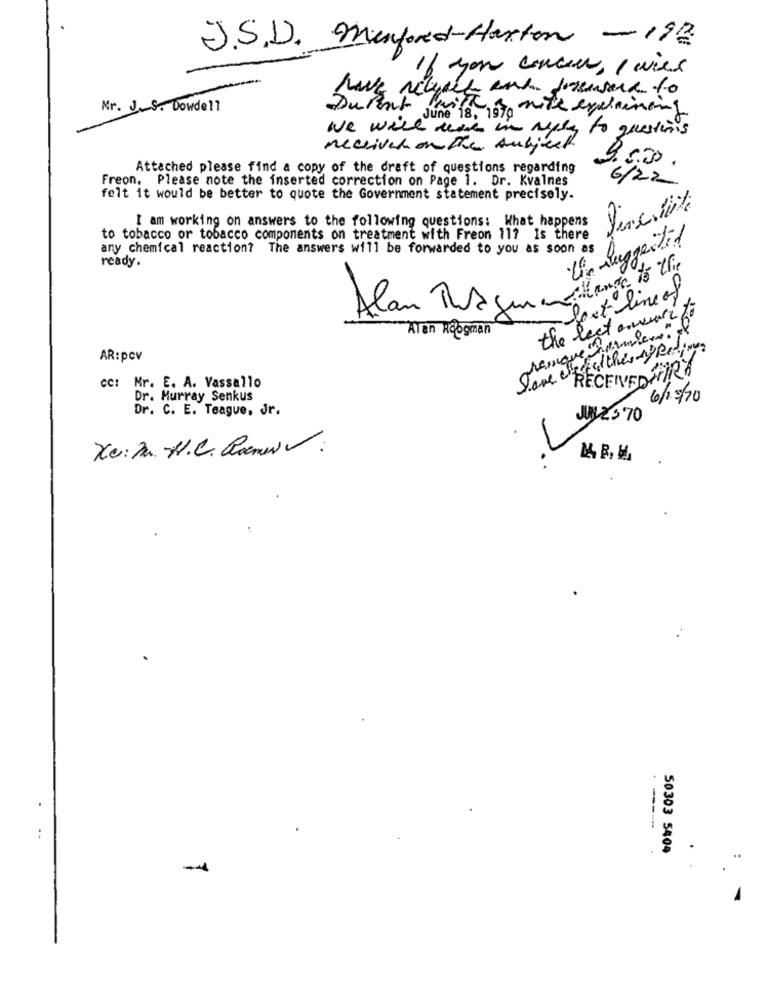
J.S. D. Menford-Haxton -192
If you concer, I will
Mr. J. S. Dowdell
Durant June 18, 1970 nie explaining
we will read in reply to questions
received on The subject
2.000.
Attached please find a copy of the draft of questions regarding
Freon. Please note the inserted correction on Page 1. Dr. Kvalnes
6/22
felt it would be better to quote the Government statement precisely.
I am working on answers to the following questions: What happens
to tobacco or tobacco components on treatment with Freon 11? Is there
Le suggesti!
any chemical reaction? The answers will be forwarded to you as soon as
ready.
last line of
the last award for
presque number" il
Alan Roogman
Save thefather af Rodimus
AR:pcv
cc: Mr. E. A. Vassallo
"RECEIVED FIRA
Dr. Murray Senkus
6/1 5/70
Dr. C. E. Teague, Jr.
JUNE'S'70
Xc: M. H.C. Come :
----
50303 5404
-